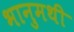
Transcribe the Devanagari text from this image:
भानुमथी